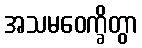
အသမဝေက္ခိတွာ